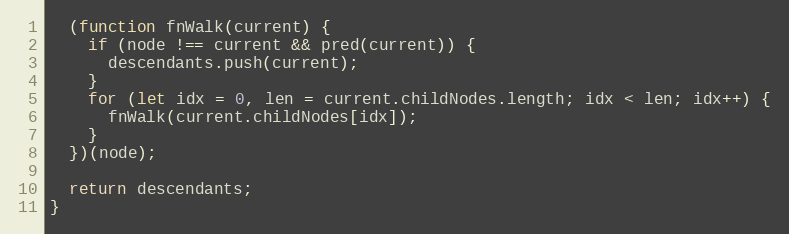
Language: JavaScript
  (function fnWalk(current) {
    if (node !== current && pred(current)) {
      descendants.push(current);
    }
    for (let idx = 0, len = current.childNodes.length; idx < len; idx++) {
      fnWalk(current.childNodes[idx]);
    }
  })(node);

  return descendants;
}